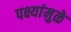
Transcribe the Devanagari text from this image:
पक्ष्यांमुळे